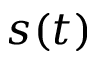
s ( t )